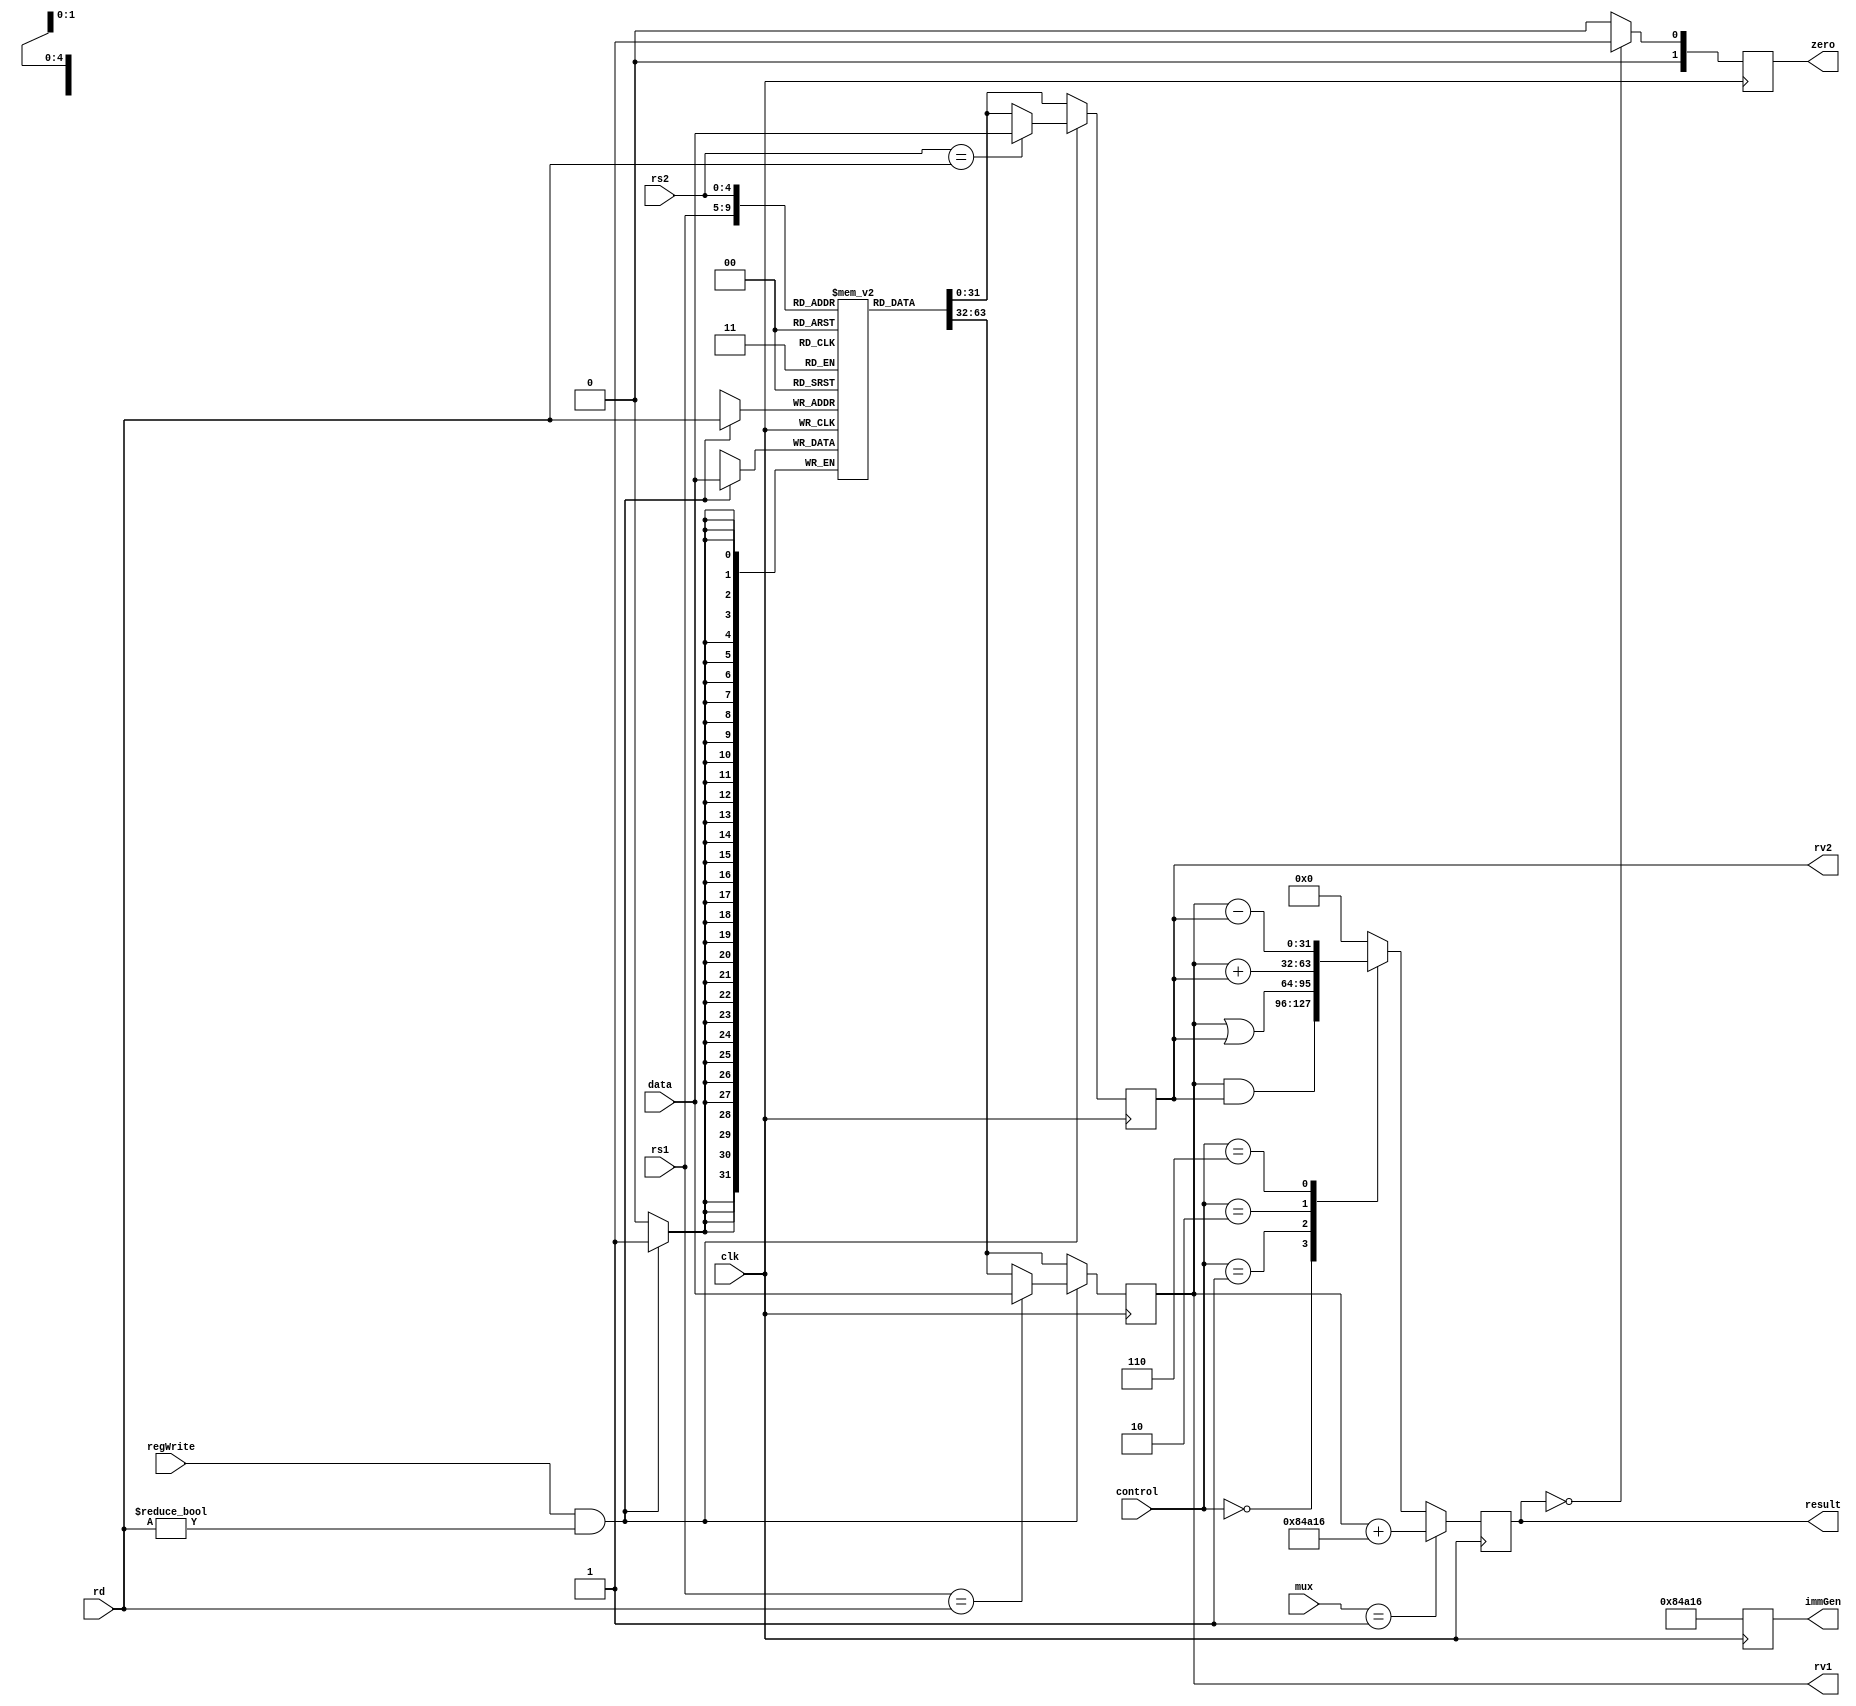
module regFile_alu(
	input clk,				// clk
	
	// regFile
   input regWrite,		// RegWrite control signal (0,1)
   input [4:0] rs1,		// register source 1
   input [4:0] rs2,		// register source 2
   input [4:0] rd,		// register destination (writerRegister)
   input [31:0] data,	// write data
   output reg [31:0] rv1,	// register values (data) 1
   output reg [31:0] rv2,	// register values (data) 2
	
	// ALU
	input [3:0]  control,
	input [1:0] mux,				// to determine b or immGen
	output reg [31:0] immGen,
	output reg [31:0] result,
	output reg [1:0]  zero
   );
	
	
	/**************** regFile ****************/
	// 32-bits for each 32-registers
	reg [31:0] registers [0:31];

	// Initialize registers
	integer i;
	initial
		for (i=0;i<32;i=i+1)
			registers[i] = 0;
	
	// On rising clock
	always @(posedge clk) begin 
		// Read and Update Register Output Values
		rv1 <= registers[rs1];
		rv2 <= registers[rs2];
		
		// If Write to Register is true
		if(regWrite && rd != 0) begin
			// rd = r1 operation r2
			registers[rd] <= data;
			
			if(rs1 == rd)
				rv1 <= data;
			if(rs2 == rd)
				rv2 <= data;

		end
	end
	
	/**************** ALU ****************/
	
	always @(posedge clk) begin
		
		// for R-type instructions
		case(control)
			4'b0000: result <= rv1 & rv2;
			4'b0001: result <= rv1 | rv2;
			4'b0010: result <= rv1 + rv2;
			4'b0110: result <= rv1 - rv2;
			default: result <= 0;
		endcase
		
		// for branch instructions
		if(result == 0)
			zero <= 1;					// branch
		else
			zero <= 0;					// no branch
			
		// for lw and sw
		immGen = 543254;				// random abstract value
		if(mux == 1)
			result  <= rv1 + immGen;	// memory address
		
	end
	 
endmodule